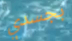
بجسدي